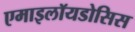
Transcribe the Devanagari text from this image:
एमाइलॉयडोसिस